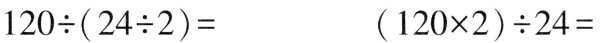
$$120 \div (24 \div 2) =$$ $$(120 × 2) \div 24 =$$